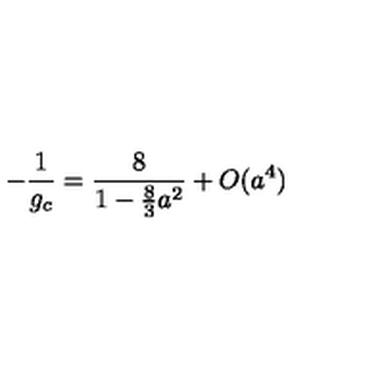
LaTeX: - { \frac { 1 } { g _ { c } } } = { \frac { 8 } { 1 - { \frac { 8 } { 3 } } a ^ { 2 } } } + O ( a ^ { 4 } )